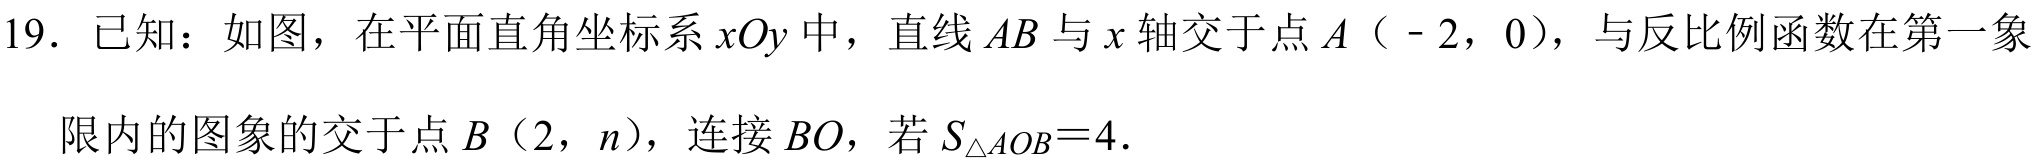
19. 已知：如图，在平面直角坐标系\(xOy\)中，直线\(AB\)与\(x\)轴交于点\(A（ - 2,0）\)，与反比例函数在第一象
限内的图象的交于点\(B（2,n）\)，连接\(BO\)，若\(S_{\triangle AOB}=4\).